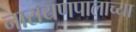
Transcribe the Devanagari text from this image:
नारायणपालाच्या